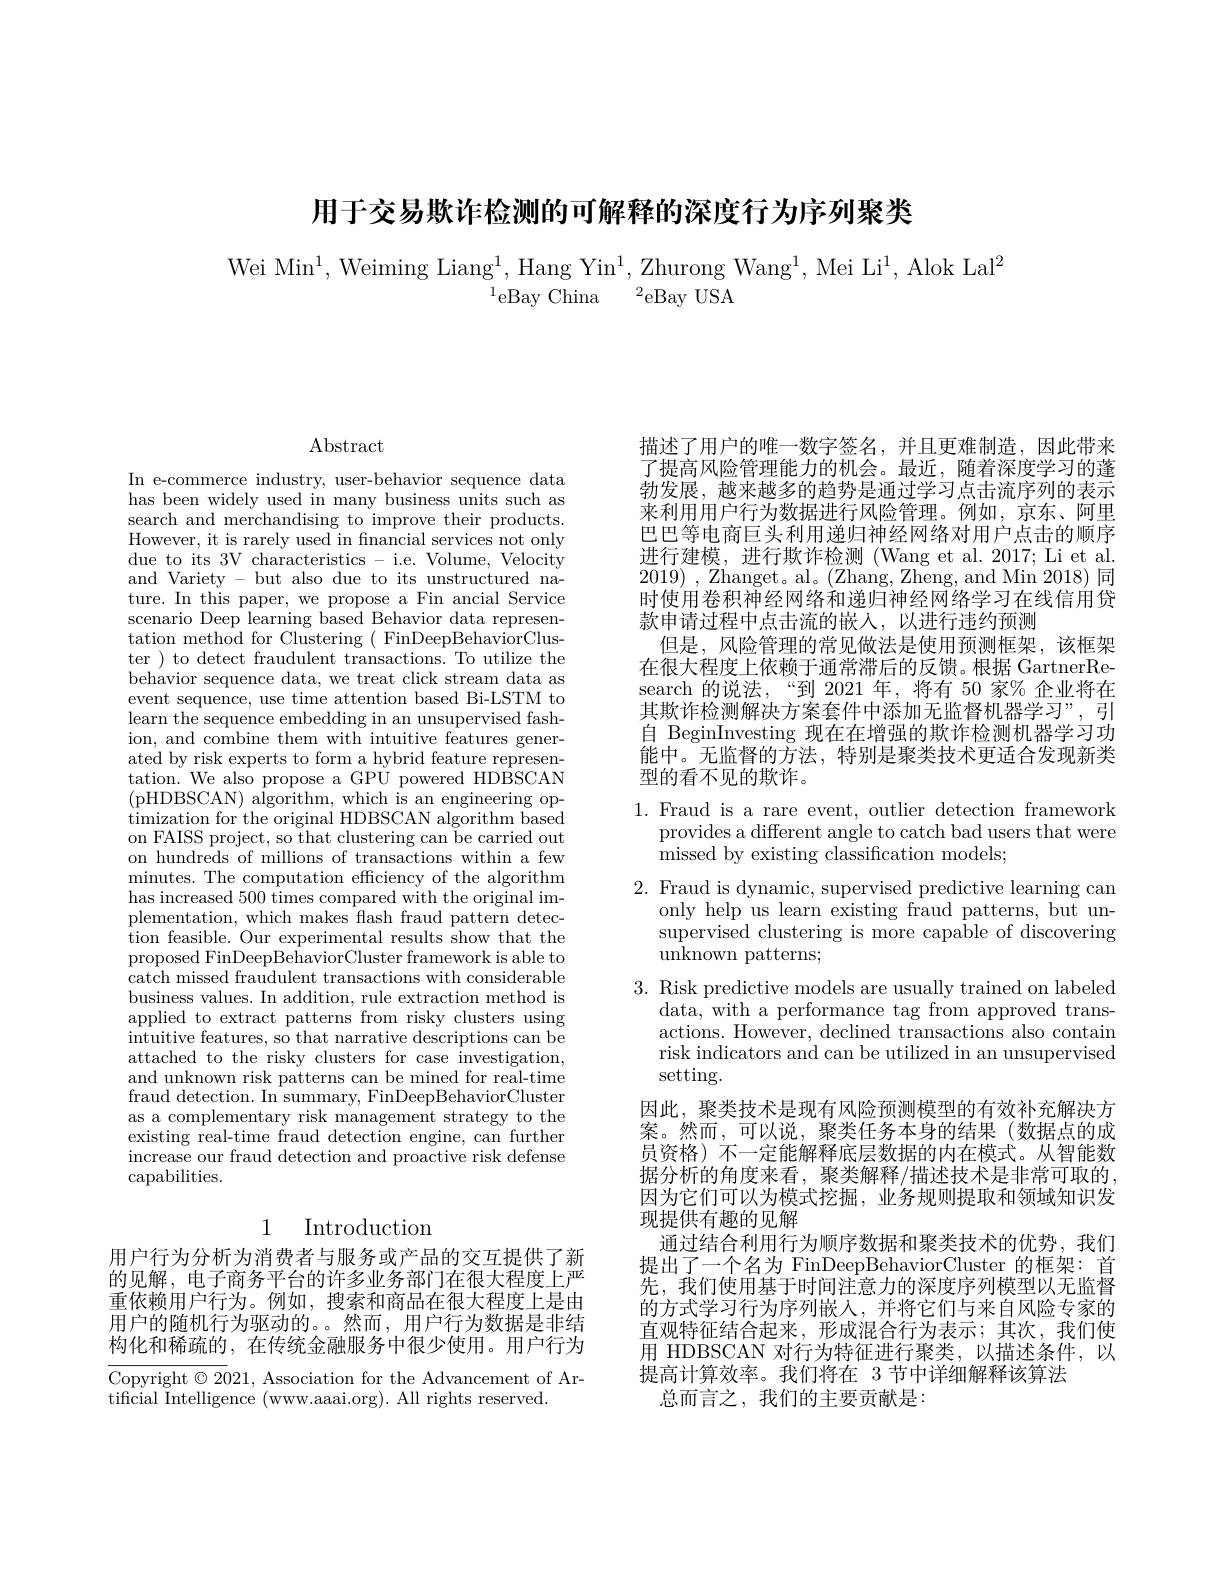
用于交易欺诈检测的可解释的深度行为序列聚类

Wei Min$^1$,Weiming Liang$^1$,Hang Yin$^1$,Zhurong Wang$^1$,Mei Li$^1$,Alok Lal$^2$
$^{1}$eBay China$\:^2$eBay USA

$\operatorname{Abstract}$

In e-commerce industry, user-behavior sequence data has been widely used in many business units such as search and merchandising to improve their products. However, it is rarely used in fnancial services not only due to its 3V characteristics - i.e. Volume, Velocity and Variety - but also due to its unstructured nature. In this paper, we propose a Fin ancial Service scenario Deep learning based Behavior data representation method for Clustering ( FinDeepBehaviorCluster ) to detect fraudulent transactions. To utilize the behavior sequence data, we treat click stream data as event sequence, use time attention based Bi-LSTM to learn the sequence embedding in an unsupervised fashion, and combine them with intuitive features generated by risk experts to form a hybrid feature representation. We also propose a GPU powered HDBSCAN (pHDBSCAN) algorithm, which is an engineering optimization for the original HDBSCAN algorithm based on FAISS project, so that clustering can be carried out on hundreds of millions of transactions within a few minutes. The computation efficiency of the algorithm has increased 500 times compared with the original implementation, which makes flash fraud pattern detection feasible. Our experimental results show that the proposed FinDeepBehaviorCluster framework is able to catch missed fraudulent transactions with considerable business values. In addition, rule extraction method is applied to extract patterns'from risky clusters using intuitive features, so that narrative descriptions can be attached to the risky clusters for case investigation, and unknown risk patterns can be mined for real-time fraud detection. In summary, FinDeepBehaviorCluster as a complementary risk management strategy to the existing real-time fraud detection engine, can further increase our fraud detection and proactive risk defense $\operatorname{capabilities.}$

## 1 Introduction

用户行为分析为消费者与服务或产品的交互提供了新的见解，电子商务平台的许多业务部门在很大程度上严重依赖用户行为。例如，搜索和商品在很大程度上是由用户的随机行为驱动的。。然而，用户行为数据是非结构化和稀疏的，在传统金融服务中很少使用。用户行为

Copyright $\odot2021$, Association for the Advancement of Ar-
tificial Intelligence (www.aaai.org). All rights reserved.

描述了用户的唯一数字签名，并且更难制造，因此带来了提高风险管理能力的机会。最近，随着深度学习的蓬勃发展，越来越多的趋势是通过学习点击流序列的表示来利用用户行为数据进行风险管理。例如，京东、阿里巴巴等电商巨头利用递归神经网络对用户点击的顺序进行建模，进行欺诈检测(Wang et al.2017; Li et al. $2019)~,~$Zhanget。al。(Zhang, Zheng, and Min 2018) 同时使用卷积神经网络和递归神经网络学习在线信用贷款申请过程中点击流的嵌入，以进行违约预测
但是，风险管理的常见做法是使用预测框架，该框架在很大程度上依赖于通常滞后的反馈。根据 GartnerResearch 的说法，“到 2021 年，将有 50 家% 企业将在其欺诈检测解决方案套件中添加无监督机器学习”,引自 BeginInvesting 现在在增强的欺诈检测机器学习功能中。无监督的方法，特别是聚类技术更适合发现新类型的看不见的欺诈。

1. Fraud is a rare event, outlier detection framework
provides a different angle to catch bad users that were
missed by existing classification models;

2. Fraud is dynamic, supervised predictive learning can
only help us learn existing fraud patterns, but unsupervised clustering is more capable of discovering unknown patterns;
3. Risk predictive models are usually trained on labeled
data, with a performance tag from approved transactions. However, declined transactions also contain risk indicators and can be utilized in an unsupervised setting.
因此，聚类技术是现有风险预测模型的有效补充解决方案。然而，可以说，聚类任务本身的结果(数据点的成员资格) 不一定能解释底层数据的内在模式。从智能数据分析的角度来看，聚类解释/描述技术是非常可取的， 因为它们可以为模式挖掘，业务规则提取和领域知识发现提供有趣的见解
通过结合利用行为顺序数据和聚类技术的优势，我们提出了一个名为 FinDeepBehaviorCluster 的框架：首先，我们使用基于时间注意力的深度序列模型以无监督的方式学习行为序列嵌入，并将它们与来自风险专家的直观特征结合起来，形成混合行为表示；其次，我们使用 HDBSCAN 对行为特征进行聚类，以描述条件，以提高计算效率。我们将在 3 节中详细解释该算法
总而言之，我们的主要贡献是：